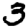
Digit: 3